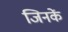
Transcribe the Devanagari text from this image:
जिनकें